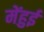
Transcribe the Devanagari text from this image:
मेंहुई